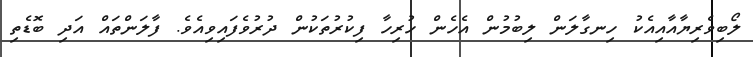
ލޯބިވެރިޔާއާއިއެކު ހިނގާލަން ލިބުމުން އެހެން ހުރިހާ ފިކުރުތަކުން ދުރުވެފައިވިއެވެ. ފާލަންތައް އަދި ބޮޑެތި